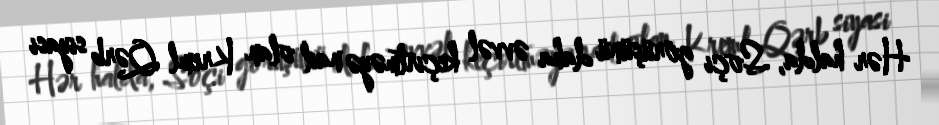
Hər halda, Soçi görüşünü daha əvvəl keçirtməyə nail olan Kreml Qərb siyasi